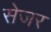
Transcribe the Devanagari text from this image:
सेजर